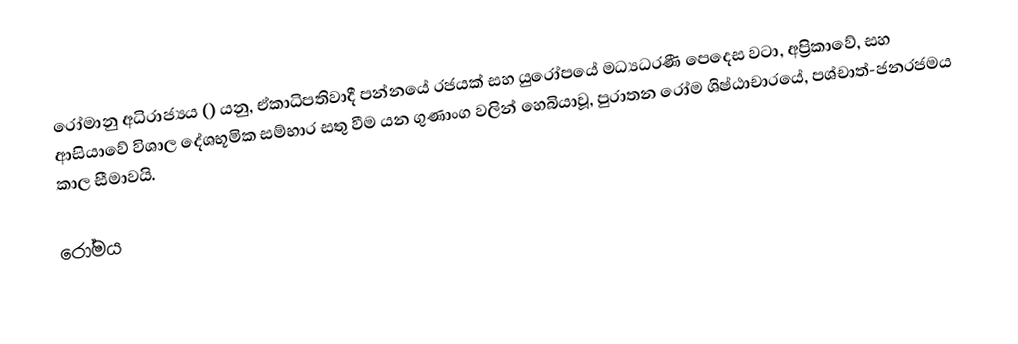
රෝමානු අධිරාජ්‍යය () යනු,  ඒකාධිපතිවාදී පන්නයේ රජයක් සහ යුරෝපයේ මධ්‍යධරණී පෙදෙස වටා, අප්‍රිකාවේ, සහ ආසියාවේ විශාල දේශභූමික සම්භාර සතු වීම යන ගුණාංග වලින් හෙබියාවූ,   පුරාතන රෝම ශිෂ්ඨාචාරයේ,  පශ්චාත්-ජනරජමය කාල සීමාවයි.

රෝමය